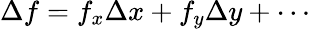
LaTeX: \Delta f=f_{x}\Delta x+f_{y}\Delta y+\cdots